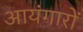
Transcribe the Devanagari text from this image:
आयंगारों